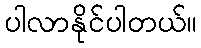
ပါလာနိုင်ပါတယ်။